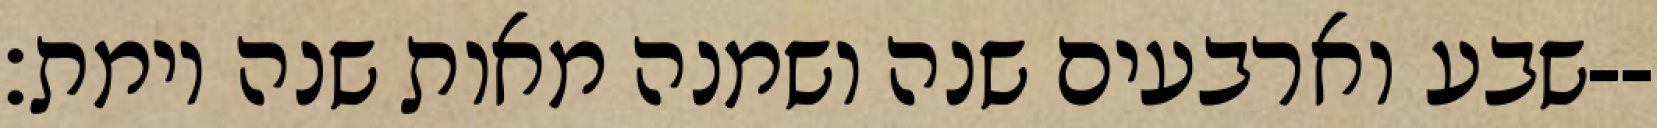
שבע וארבעים שנה ושמנה מאות שנה וימת׃--